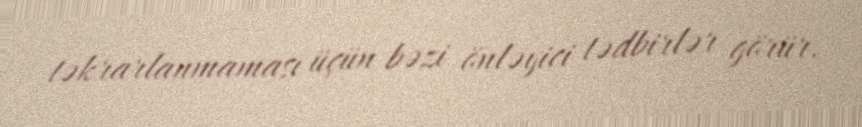
təkrarlanmaması üçün bəzi önləyici tədbirlər görür.